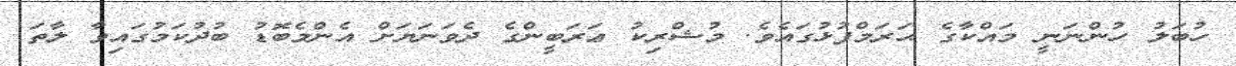
ހުބަލު ހުންނަނީ މައްކާގެ ޙަރަމްފުޅުގައެވެ. މުޝްރިކު ޢަރަބީންގެ ދެވަނަޔަށް އެންމެބޮޑު ބުދުކަމުގައިވާ ލާތަ